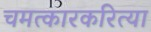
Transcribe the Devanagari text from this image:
चमत्कारकरित्या